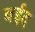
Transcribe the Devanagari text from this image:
बईद